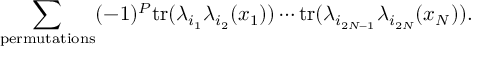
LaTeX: \sum _ { \mathrm { p e r m u t a t i o n s } } ( - 1 ) ^ { P } \mathrm { t r } ( \lambda _ { i _ { 1 } } \lambda _ { i _ { 2 } } ( x _ { 1 } ) ) \cdots \mathrm { t r } ( \lambda _ { i _ { 2 N - 1 } } \lambda _ { i _ { 2 N } } ( x _ { N } ) ) .